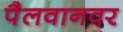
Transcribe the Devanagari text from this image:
पैलवानवर